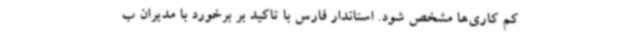
کم کاری‌ها مشخص شود. استاندار فارس با تاکید بر برخورد با مدیران ب